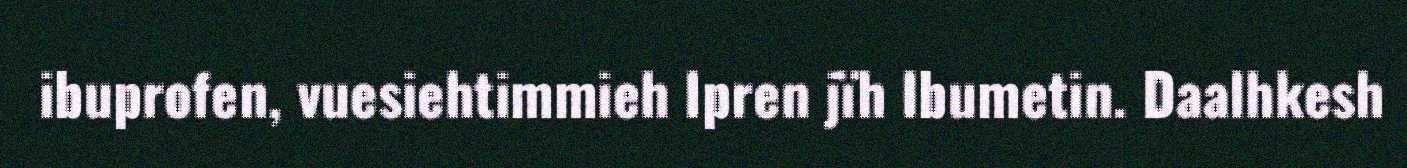
ibuprofen, vuesiehtimmieh Ipren jïh Ibumetin. Daalhkesh